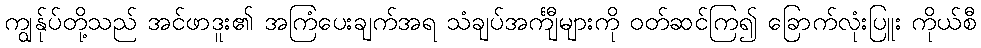
ကျွန်ုပ်တို့သည် အင်ဖာဒူး၏ အကြံပေးချက်အရ သံချပ်အင်္ကျီများကို ဝတ်ဆင်ကြ၍ ခြောက်လုံးပြူး ကိုယ်စီ